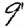
Digit: 9